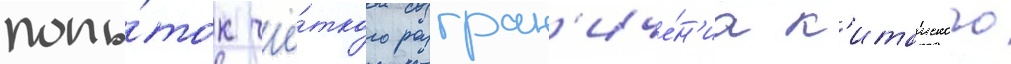
попы́ток чё́ткого разгран'иче́н'иа к'итаиского